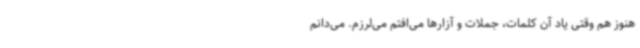
هنوز هم وقتی یاد آن کلمات، جملات و آزارها می‌افتم می‌لرزم. می‌دانم